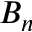
B _ { n }